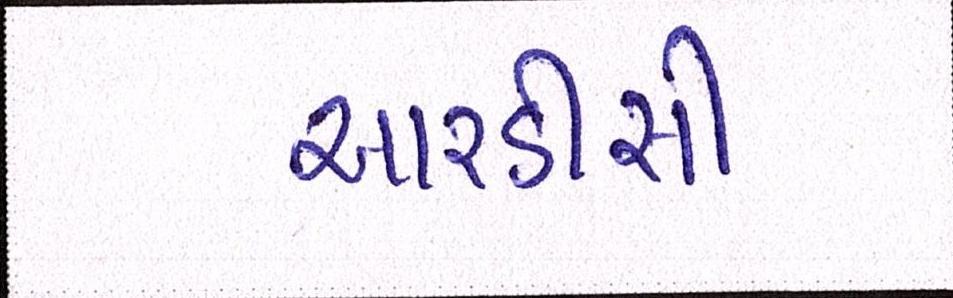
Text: આરડીસી